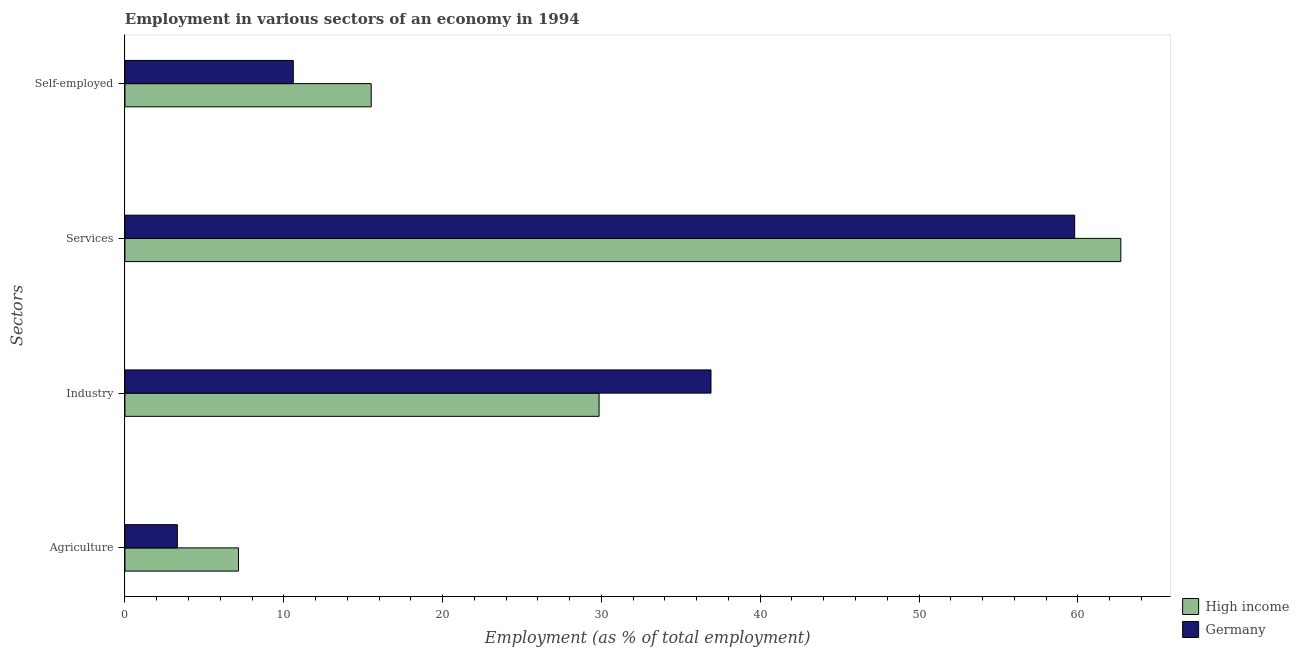
| Sectors | High income | Germany |
 | --- | --- | --- |
 | Agriculture | 7.15 | 3.3 |
 | Industry | 29.9 | 36.9 |
 | Services | 62.7 | 59.8 |
 | Self-employed | 15.5 | 10.6 |